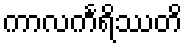
ကာလင်္ကရိဿတိ